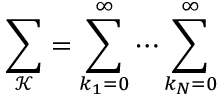
\sum _ { \mathcal K } = \sum _ { k _ { 1 } = 0 } ^ { \infty } \cdots \sum _ { k _ { N } = 0 } ^ { \infty }